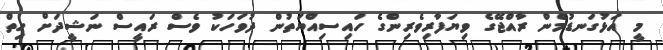
މީ އަޅުގަނޑުމެން ރާއްޖޭގެ ވިޔަފާރިވެރިންގެ ހައިސިއްޔަތުން ދުވަހަކު ވެސް ރައީސް ނަޝީދަށް ހިތް